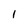
Character: 1